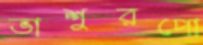
ভাশুরপো